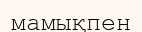
мамықпен